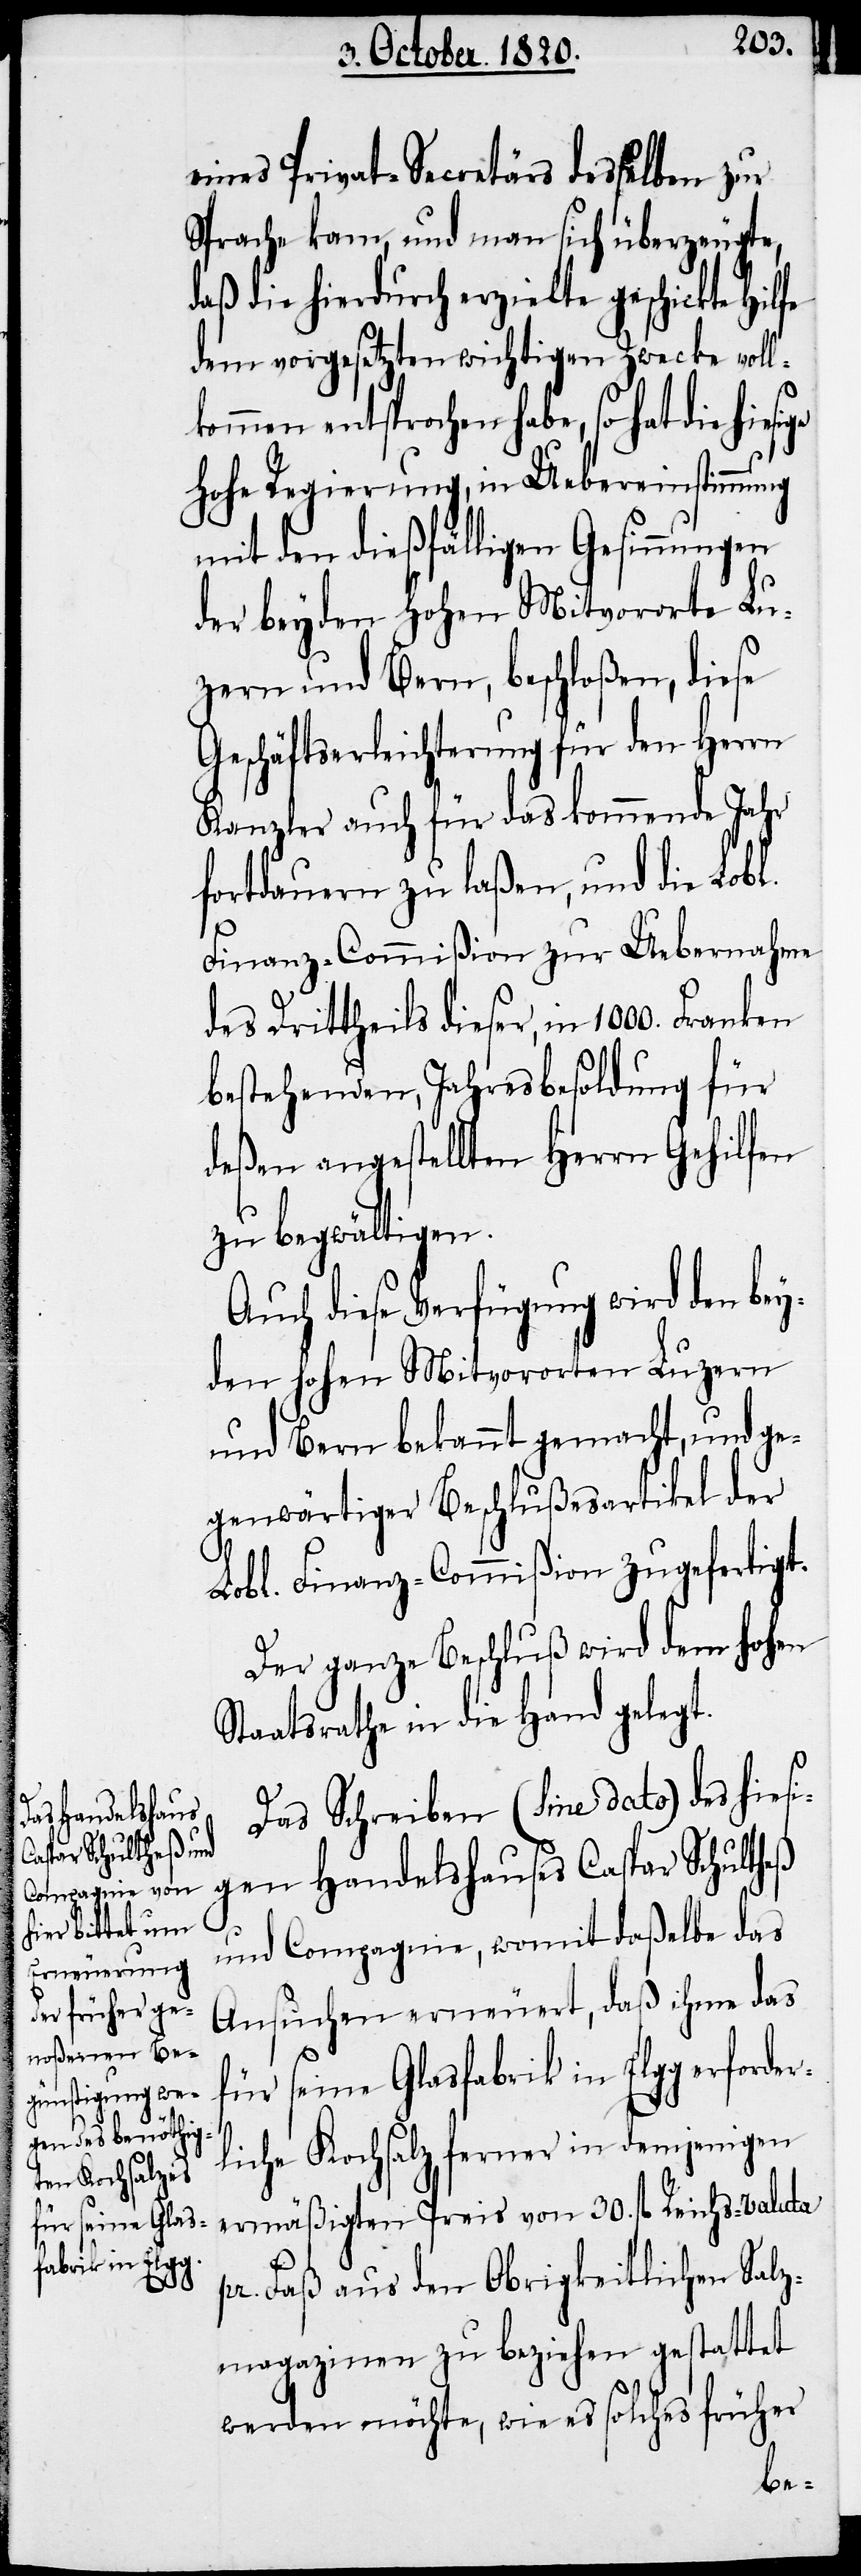
eines Privat-Secretärs desselben zur
Sprache kam, und man sich überzeugte,
daß die hiedurch erziehlte geschickte
dem vorgesetzten wichtigen Zwecke voll¬
kommen entsprochen habe, so hat die hiesi¬
hohe Regierung, in Uebereinstimmung
mit den dießfälligen Gesinnungen
der beyden hohen Mitvororte Lu¬
zern und Bern, beschloßen, dieses
Geschäftserleichterung für den Herrn
Kanzler auch für das kommende Jahr
fortdauern zu laßen, und die Lobl.
Finanz-Commißion zur Uebernahme
des Drittheils dieser, in 1000. Franken
bestehenden, Jahresbesoldung für
deßen angestellten Herrn Gehilfen
zu begwältigen.
Auch diese Verfügung wird den bey¬
den hohen Mitvororten Luzern
und Bern bekannt gemacht, und ge¬
genwärtiger Beschlußesartikel der
Lobl. Finanz-Commißion zugefertigt.
Der ganze Beschluß wird dem hohen
Staatsrathe in die Hand gelegt.
Das Schreiben (sine dato) des hiesi¬
gen Handelshauses Caspar Schultheß
ge
und Compagnie, womit daßelbe das
Ansuchen erneuert, daß ihm das
erforder¬
liche Kochsalz ferner in denjenigen
ermäßigten Preis von 30. fl. Reichs-Valuta
für seine Glas¬
fabrik in Elgg
pr. Faß aus den Obrigkeitlichen Salz¬
magazinen zu beziehen gestattet
werden möchte, wie es solches früher